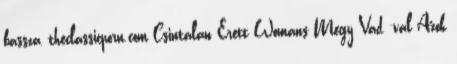
bassza, theclassicporn.com Csintalan Érett Womans Megy Vad -val Azok